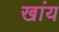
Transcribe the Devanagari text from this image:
खांय